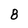
Character: 8